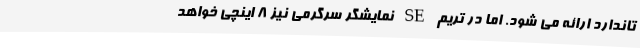
تاندارد ارائه می شود. اما در تریم SE نمایشگر سرگرمی نیز 8 اینچی خواهد